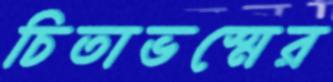
চিতাভস্মের